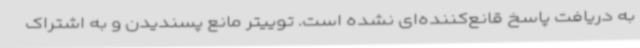
به دریافت پاسخ قانع‌کننده‌ای نشده است. توییتر مانع پسندیدن و به اشتراک